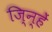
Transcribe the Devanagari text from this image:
जि्न्हें